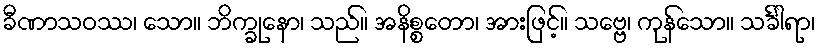
ခီဏာသဝဿ၊ သော။ ဘိက္ခုနော၊ သည်။ အနိစ္စတော၊ အားဖြင့်။ သဗ္ဗေ၊ ကုန်သော။ သင်္ခါရာ၊